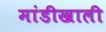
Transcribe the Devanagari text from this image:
मांडीखाली